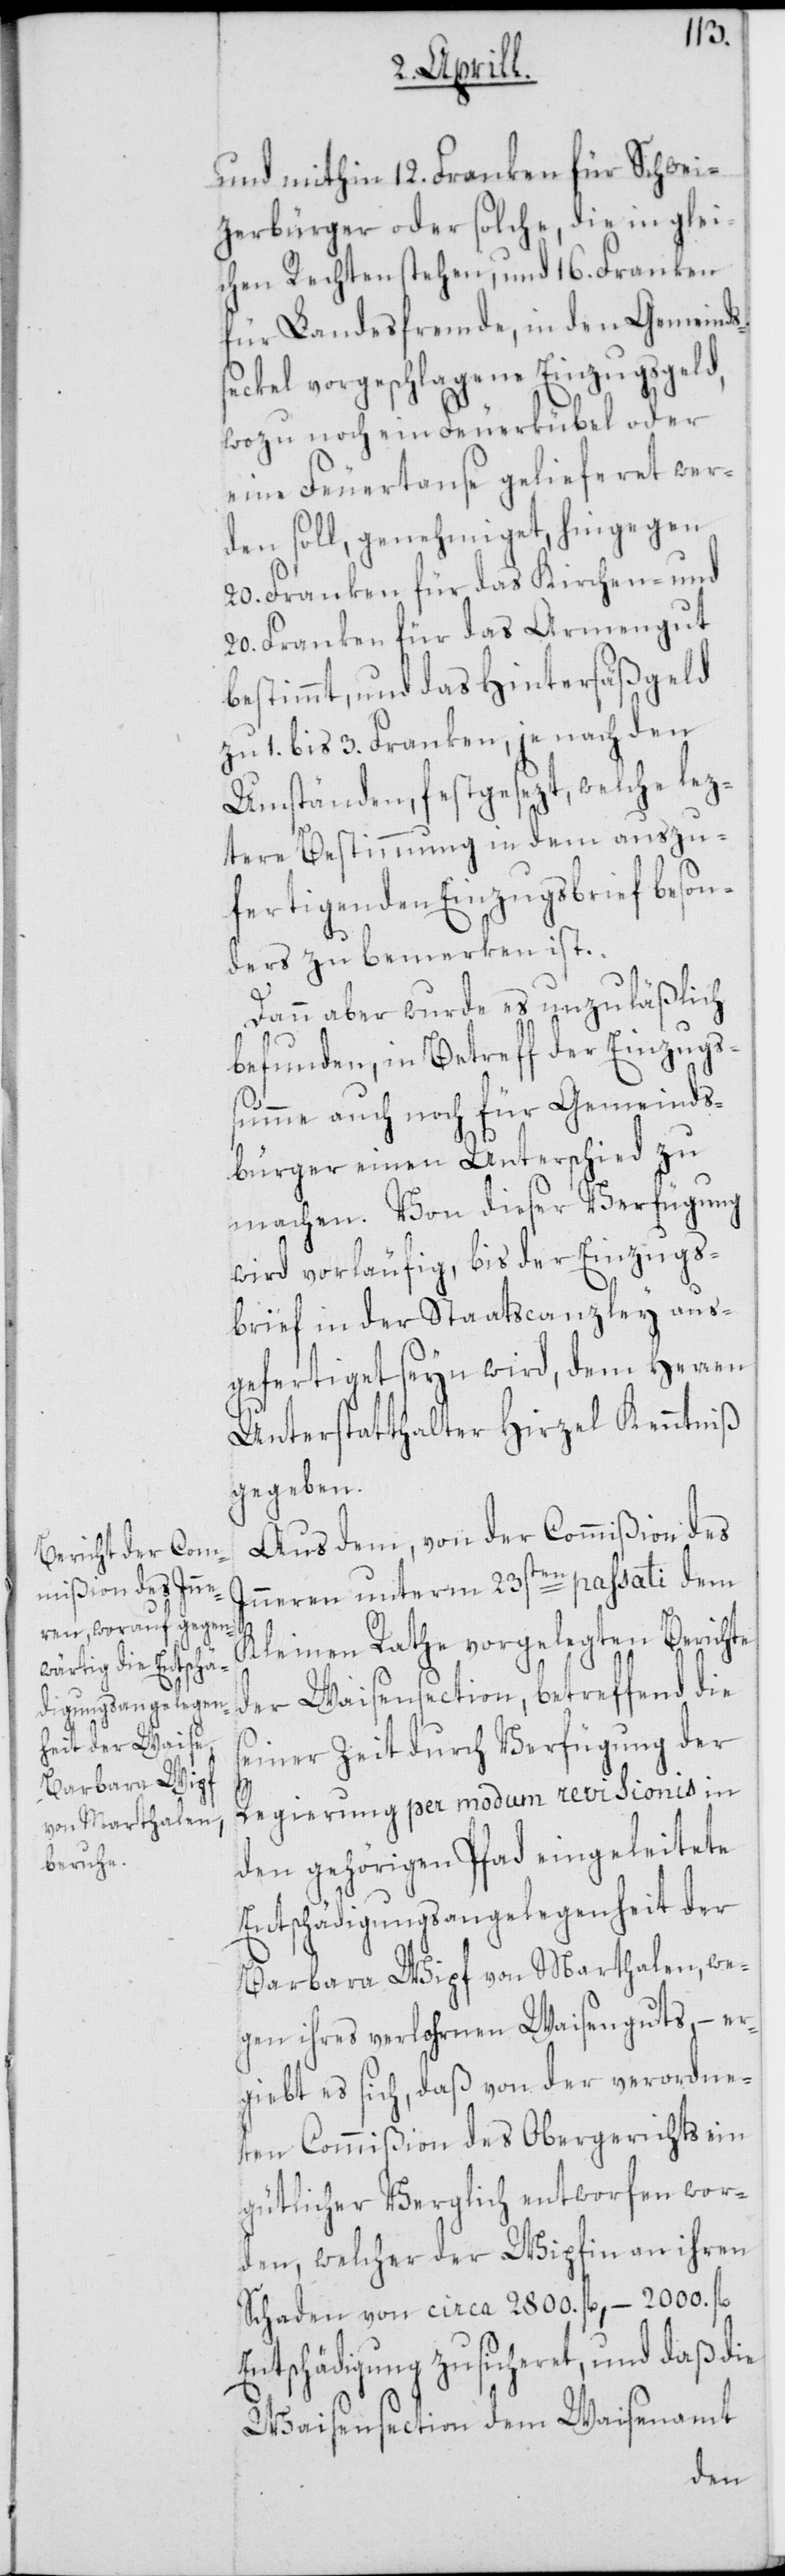
und mithin 12. Franken für Schwei¬
tzerbürger oder solche, die in glei¬
chen Rechten stehen, und 16. Franken
für Landesfremde, in den Gemeinds¬
seckel vorgeschlagene Einzugsgeld,
wozu noch ein Feuerkübel oder
eine Feuertause gelieferet wer¬
den soll, genehmiget, hingegen
20. Franken für das Kirchen- und
20. Franken für das Armengut
bestimmt, und das Hintersäßgeld
zu 1. bis 3 Franken, je nach den
Umständen, festgesezt, welche lez¬
tere Bestimmung in dem auszu¬
fertigenden Einzugsbrief beson¬
ders zu bemerken ist.
Dann aber wurde es unzuläßlich
befunden, in Betreff der Einzugs¬
summe auch noch für Gemeinds¬
bürger einen Unterschied zu
machen. Von dieser Verfügung
wird vorläufig, bis der Einzugs¬
brief in der Staatscanzley aus¬
gefertiget seyn wird, dem Herren
Unterstatthalter Hirzel Kenntniß
gegeben.
Aus dem, von der Commißion des
Inneren unterm 23sten passati dem
Kleinen Rathe vorgelegten Berichte
der Waisensection, betreffend die
seiner Zeit durch Verfügung der
Regierung per modum revisionis in
den gehörigen Pfad eingeleitete
Entschädigungsangelegenheit der
Barbara Wipf von Marthalen, we¬
gen ihres verlohrnen Waisenguts, – er¬
giebt es sich, daß von der verordne¬
ten Commißion des Obergerichts ein
gütlicher Verglich entworfen wor¬
den, welcher der Wipfin an ihren
Schaden von circa 2800. fl., – 2000. fl.
Entschädigung zusicheret, und daß die
Waisensection dem Waisenamt